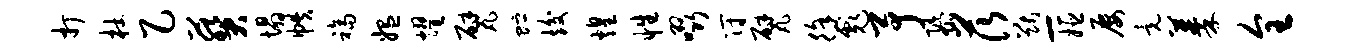
打杜乙葵塌帙福媪耀甓贮竣煌性啜符甓徐彪予隳茨猷-姬屡竟蓁全